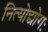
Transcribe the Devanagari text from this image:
नित्योद्योगः